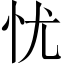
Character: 忧